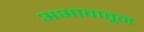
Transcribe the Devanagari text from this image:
अभावातून